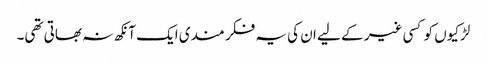
لڑکیوں کو کسی غیر کے لیے ان کی یہ فکر مندی ایک آنکھ نہ بھاتی تھی۔